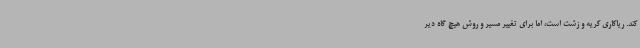
کند. ریاکاری کریه و زشت است، اما برای تغییر مسیر و روش هیچ گاه دیر